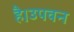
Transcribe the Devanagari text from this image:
है।उपवन